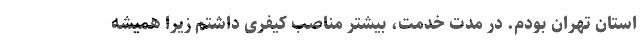
استان تهران بودم. در مدت خدمت، بیشتر مناصب کیفری داشتم زیرا همیشه